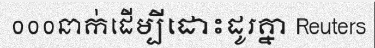
០០០នាក់ដើម្បីដោះដូរគ្នា Reuters